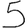
Digit: 5